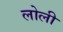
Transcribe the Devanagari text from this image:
लोली